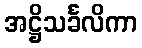
အဋ္ဌိသင်္ခလိကာ